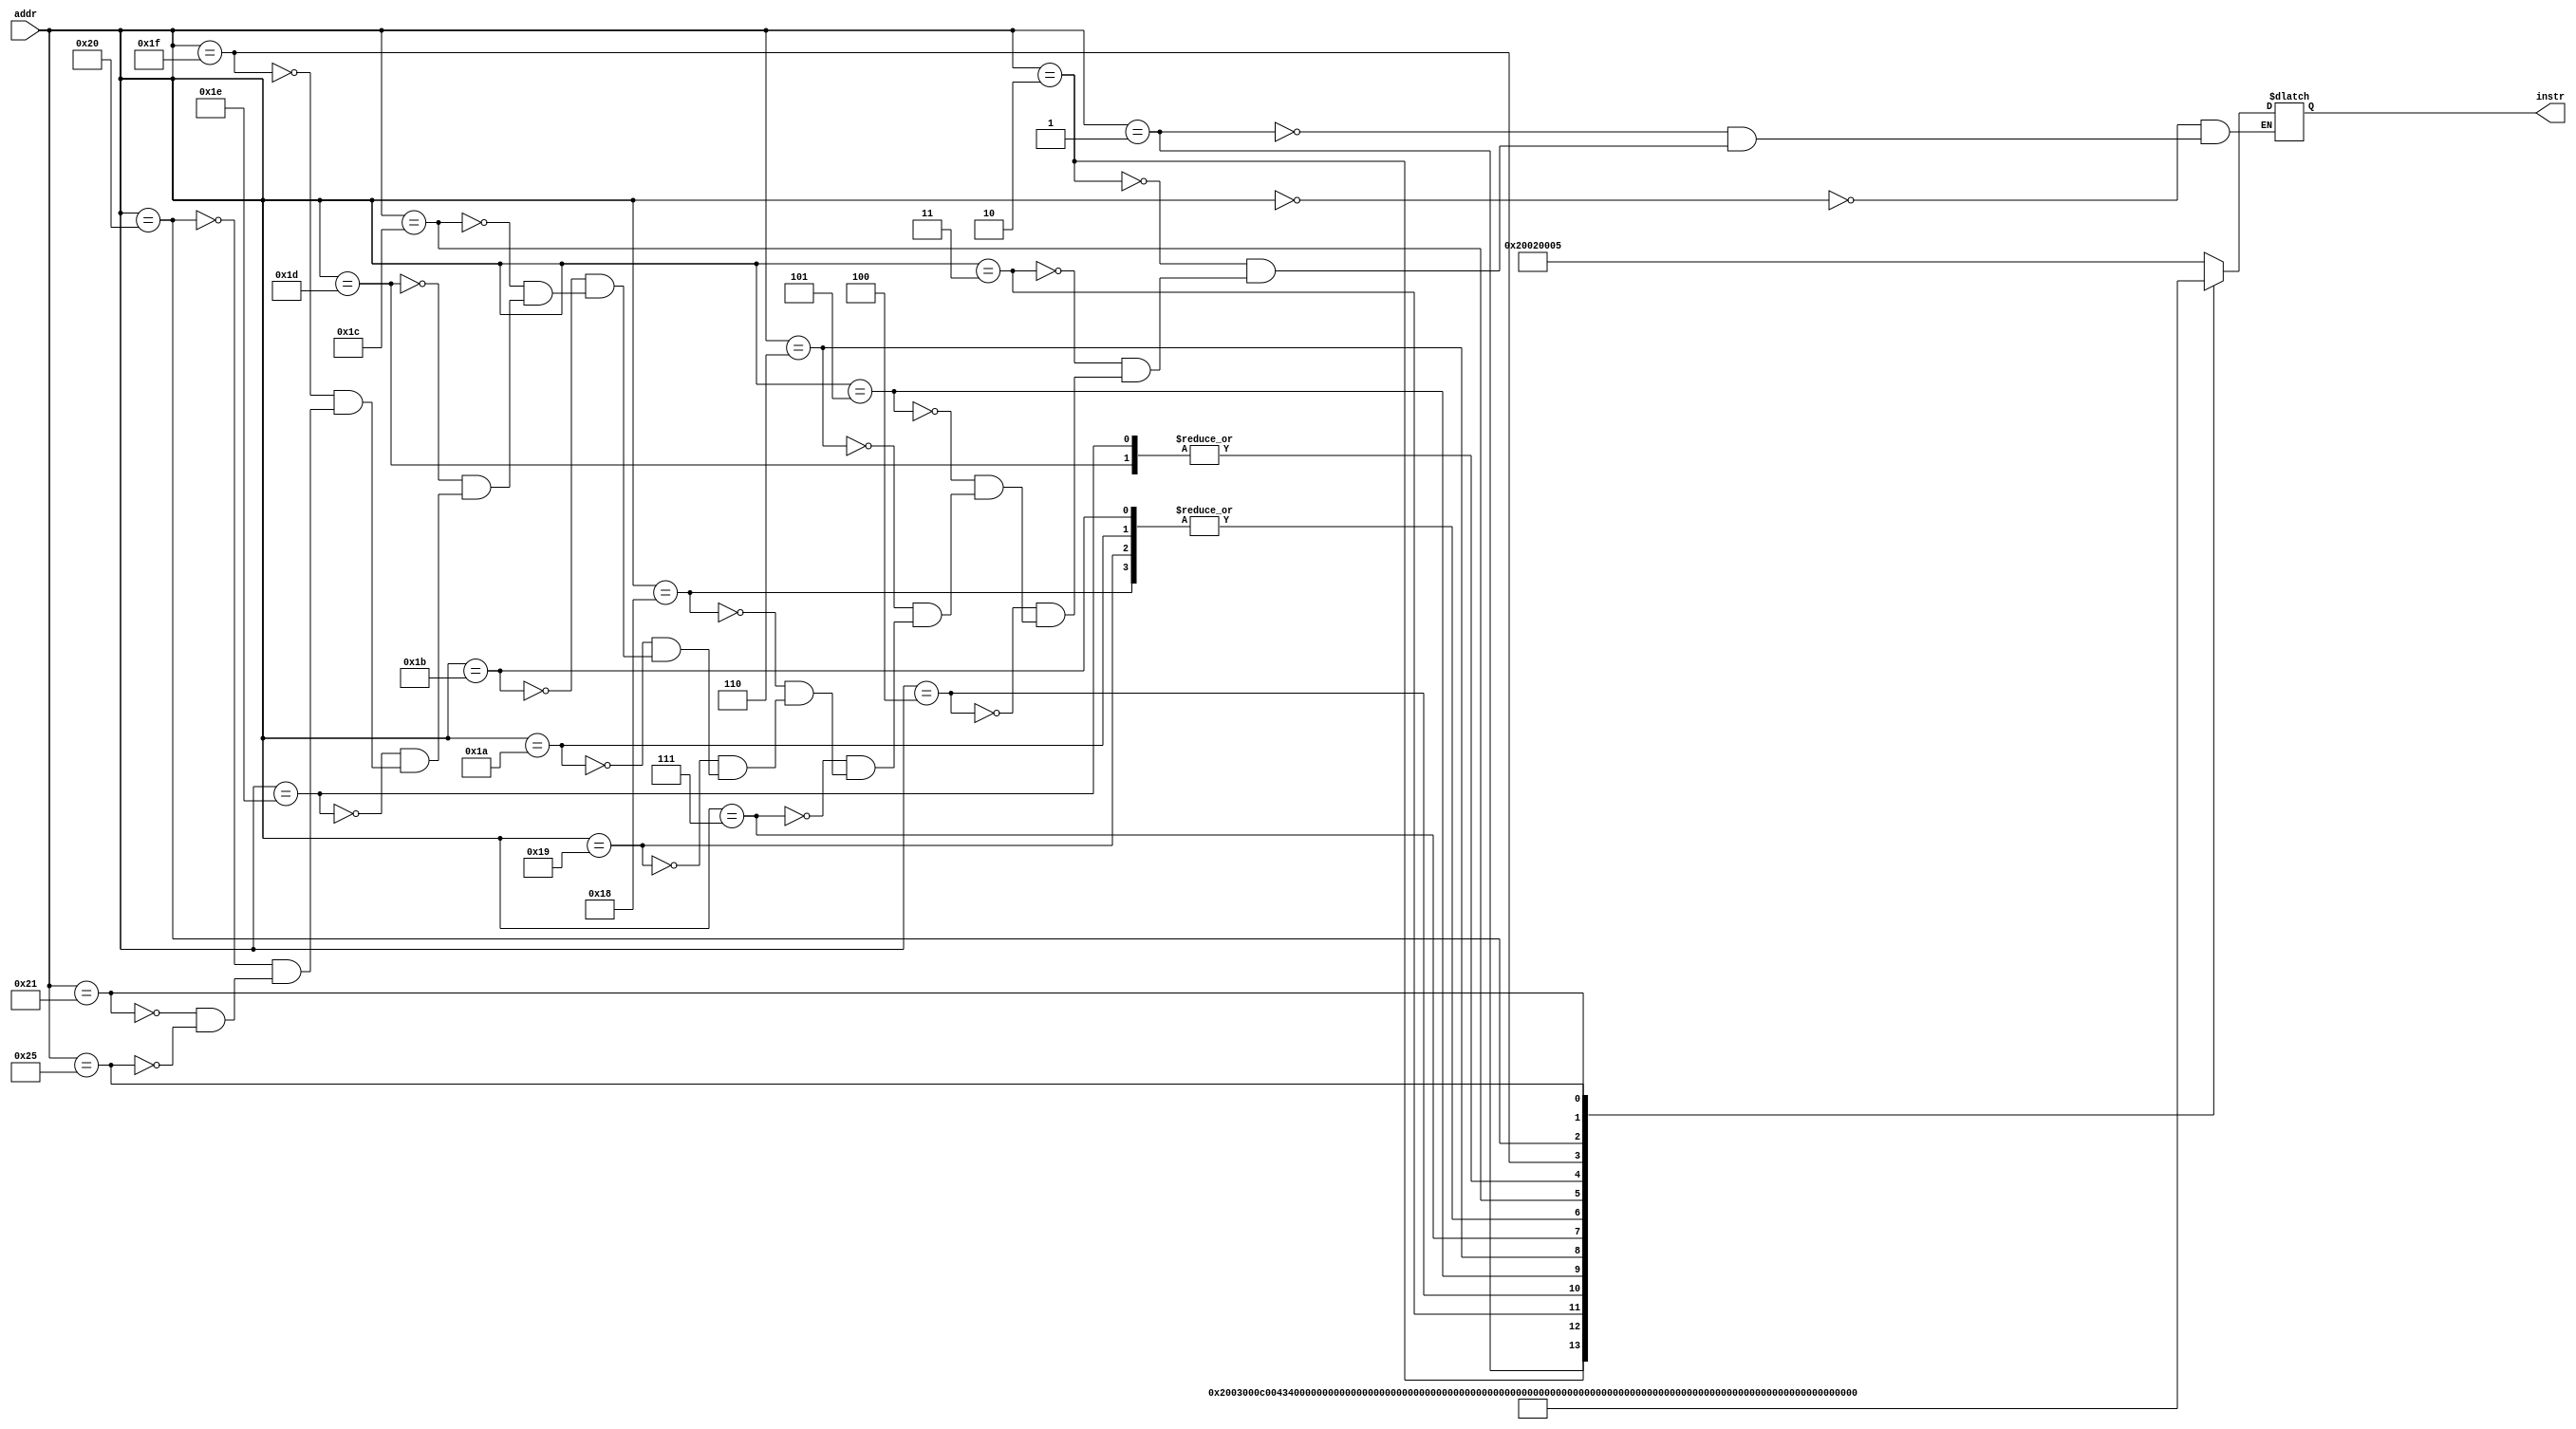
//-----------------------------------------------
// imem.v   by Will Sawyer 21 November 2013
// External instruction memory used by MIPS single-cycle processor
// 
// Models instruction memory as a stored=program ROM, 
//    with address as input, and instruction as output
//------------------------------------------------



module imem(	input [5:0] addr,
    		output reg [31:0] instr);

	always@(addr)
	   case ({addr,2'b00})
//		address		instruction
//		-------		-----------
//		 8'h00: instr = 32'h20400001;
//		 8'h04: instr = 32'h20800002;
//		 8'h08: instr = 32'h00401013;
//		 8'h0c: instr = 32'h00002012;
//		 8'h10: instr = 32'h10820001;
//		 8'h14: instr = 32'h00000000;
//		 8'h18: instr = 32'h1082fffd;

		8'h00: instr = 32'h20020005; //*addi $v0, $0, 5
		8'h04: instr = 32'h2003000c; //*addi $v1, $0, 12
		8'h08: instr = 32'h00434020; //*add $t0, $v1, $v0
//		8'h08: instr = 32'h3068000F; //*andi $t0, $v1, 15
		8'h0c: instr = 32'h30680000; //*andi $t0, $v1, 0
		8'h10: instr = 32'h30680004; //*andi $t0, $v1, 4
		8'h14: instr = 32'h20020060; //*addi $v0, $0, 2h'60
		8'h18: instr = 32'h00400009; //*jalr $v0
		8'h1c: instr = 32'h08000005; // j 14, so it will loop here
		
		8'h60: instr = 32'hF8000000;
		8'h64: instr = 32'hF8000000;
		8'h68: instr = 32'hF8000000;
		8'h6c: instr = 32'hF8000000;
		8'h70: instr = 32'h00600013; //**MTLO lo = $v1, 12
		8'h74: instr = 32'h00001802; //**MFLO $v0 = lo
		8'h78: instr = 32'h00001802; //**MFLO $v0 = lo
		8'h7c: instr = 32'h20030000; //*addi $v0, $v0, 0
		8'h80: instr = 32'hf3a20000; //**push $v0
		8'h84: instr = 32'hf4430003; //**bgt $v0, $v1, 3
		
		8'h94: instr = 32'h08000008; //j 20
//	      default: instr = {32{1'bx}};	// unknown instruction
	    endcase

endmodule